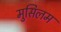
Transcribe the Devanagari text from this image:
मुसिलम